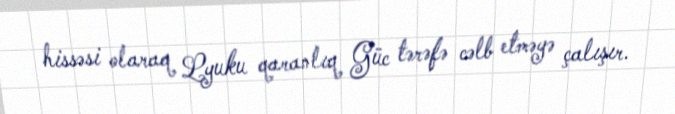
hissəsi olaraq Lyuku qaranlıq Güc tərəfə cəlb etməyə çalışır.